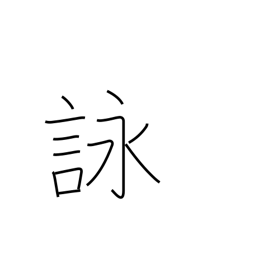
Meaning: composing